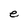
Character: e